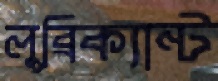
লুব্রিক্যান্ট